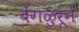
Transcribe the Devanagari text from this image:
बेंगळुरूने